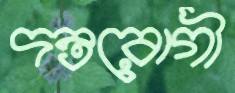
দন্তরোগী